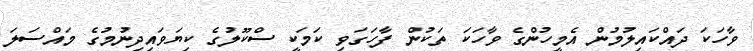
ވާހަކަ ދައްކައިލުމުން އެމީހުންގެ ވާހަކަ ތަކުން ފާހަގަވި ކަމަކީ ސްކޫލުގެ ކިޔަވައިދިނުމުގެ މައްސަލަ